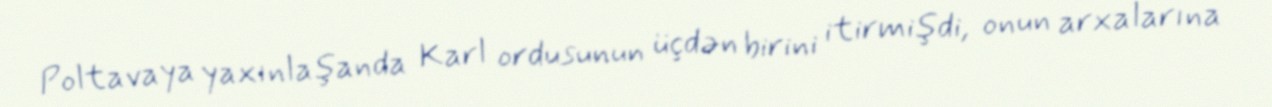
Poltavaya yaxınlaşanda Karl ordusunun üçdən birini itirmişdi, onun arxalarına